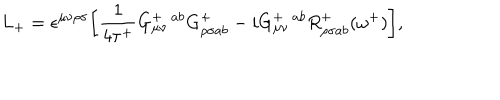
L _ { + } = \epsilon ^ { \mu \nu \rho \sigma } \bigg [ \frac { 1 } { 4 \tau ^ { + } } G _ { \mu \nu } ^ { + ~ ~ a b } G _ { \rho \sigma a b } ^ { + } - i G _ { \mu \nu } ^ { + ~ ~ a b } R _ { \rho \sigma a b } ^ { + } ( \omega ^ { + } ) \bigg ] ,